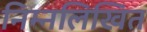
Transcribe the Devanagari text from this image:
निम्‍नलिखित